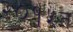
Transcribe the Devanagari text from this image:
२०१५त